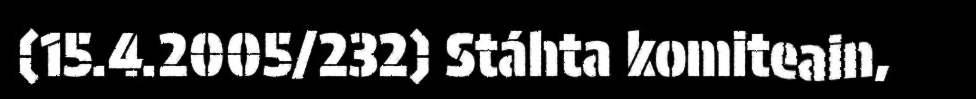
(15.4.2005/232) Stáhta komiteain,